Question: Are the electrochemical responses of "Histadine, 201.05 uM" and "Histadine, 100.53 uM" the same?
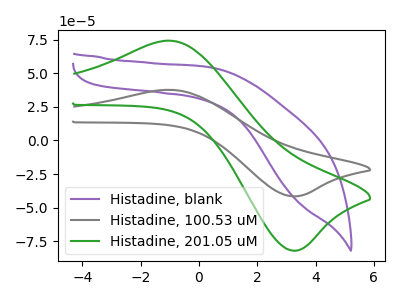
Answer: <think>The purple curve "Histadine, blank" has no peaks. The gray curve "Histadine, 100.53 uM" has an anodic peak at (-0.95V, 37.60uA) and a cathodic peak at (3.35V, -41.55uA). The green curve "Histadine, 201.05 uM" has an anodic peak at (-0.95V, 74.15uA) and a cathodic peak at (3.35V, -81.90uA).
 All the peaks in "Histadine, 201.05 uM" have a peak in "Histadine, 100.53 uM" at the same potential. Every peak in "Histadine, 201.05 uM" is higher than every peak in "Histadine, 100.53 uM".</think>
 <answer>"Histadine, 201.05 uM" and "Histadine, 100.53 uM" are similar in shape.</answer>
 <eval>same_shape</eval>